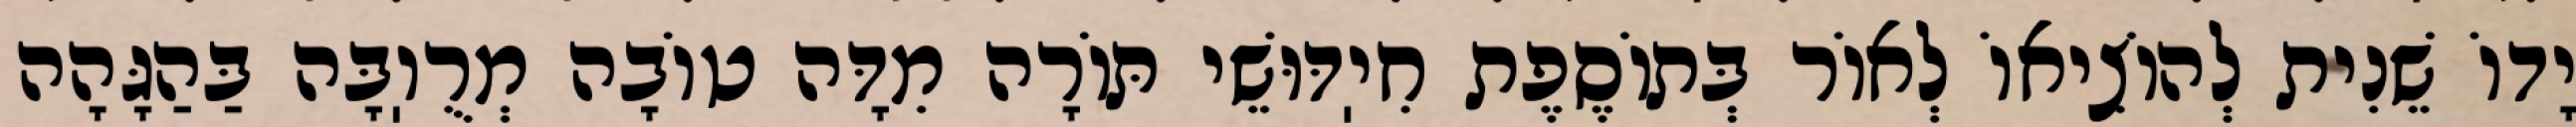
יָדוֹ שֵׁנִית לְהוֹצִיאוֹ לְאוֹר בְּתוֹסֶפֶת חִיֽדּוּשֵׁי תּוֹרָה מִדָּה טוֹבָה מְרֻוֽבָּה בַּהַגָּהָה